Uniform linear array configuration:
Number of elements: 8
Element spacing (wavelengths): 0.5
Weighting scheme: uniform
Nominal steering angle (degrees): -30
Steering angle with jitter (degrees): -28.689
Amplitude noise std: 0.05
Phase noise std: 0.05

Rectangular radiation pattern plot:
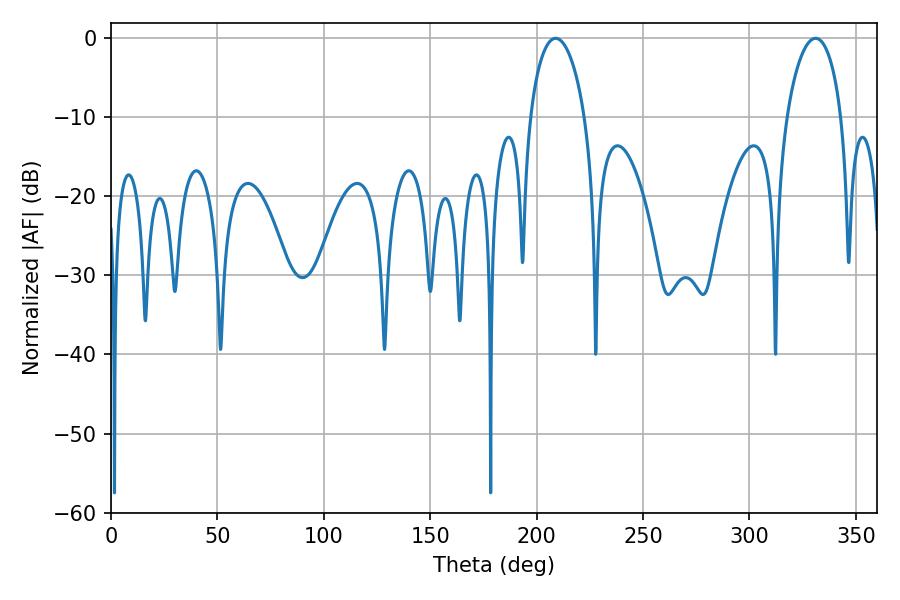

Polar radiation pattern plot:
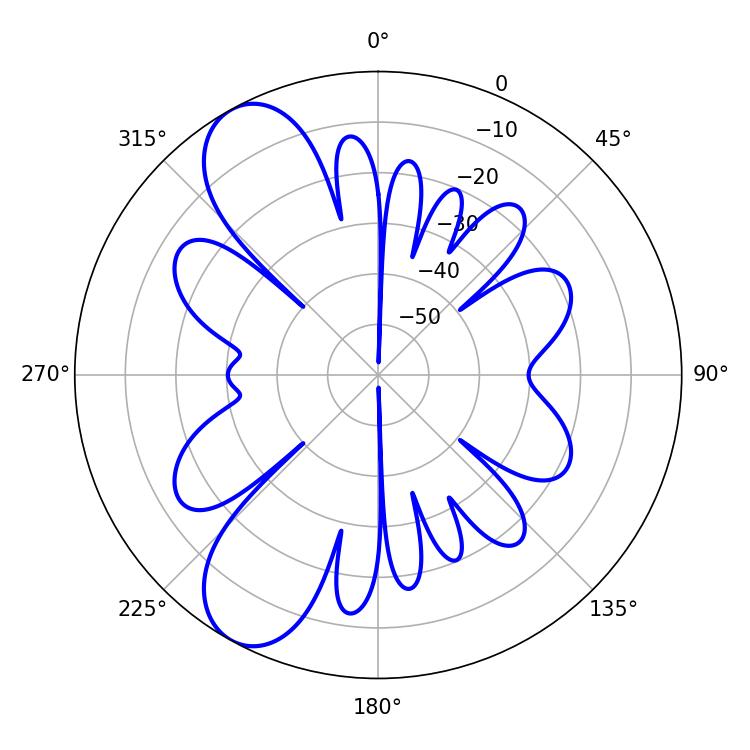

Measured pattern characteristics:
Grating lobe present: FALSE
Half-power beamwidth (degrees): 14.76
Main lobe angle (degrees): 208.98